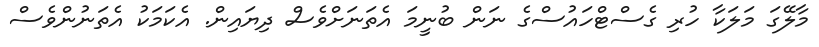
މާލޭގަ މަލަކާ ހުރި ގެސްޓްހައުސްގެ ނަން ބުނީމަ އެތަނަށްވެސް ދިޔައިން. އެކަމަކު އެތަނުންވެސް